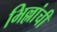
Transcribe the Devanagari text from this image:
भिल्लांची